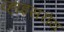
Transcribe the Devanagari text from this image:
व्हाइसरोय